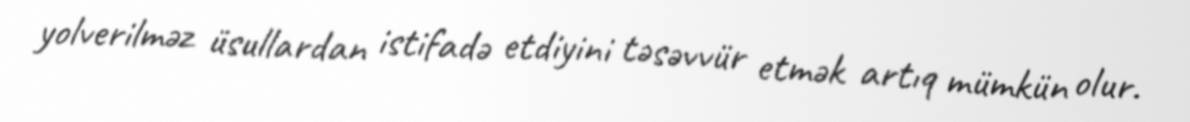
yolverilməz üsullardan istifadə etdiyini təsəvvür etmək artıq mümkün olur.